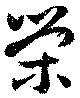
榮